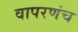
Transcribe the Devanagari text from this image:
वापरणंच